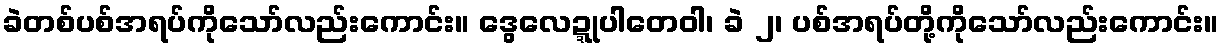
ခဲတစ်ပစ်အရပ်ကိုသော်လည်းကောင်း။ ဒွေလေဍ္ဍုပါတေဝါ၊ ခဲ ၂၊ ပစ်အရပ်တို့ကိုသော်လည်းကောင်း။